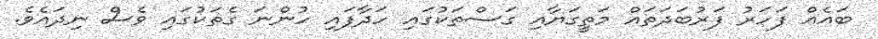
ބައެއް ފަހަރު ފަރުބަދަތައް މަތީގަޔާއި ގަސްތަކުގައި ހަދާފައި ހުންނަ ގެތަކުގައި ވެސް ނިދައެވެ.